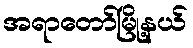
အရာတော်မြို့နယ်